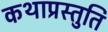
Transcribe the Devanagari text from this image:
कथाप्रस्तुति